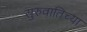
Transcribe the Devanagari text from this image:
सुरुवातिच्या